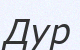
Дур